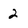
Character: 2